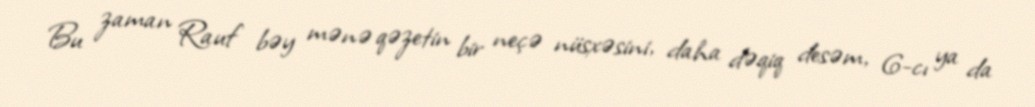
Bu zaman Rauf bəy mənə qəzetin bir neçə nüsxəsini, daha dəqiq desəm, 6-cı ya da